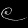
Digit: ၉